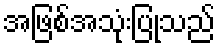
အဖြစ်အသုံးပြုသည်